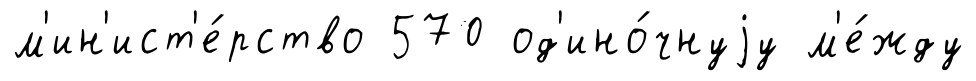
м'ин'ист'е́рство 570 од'ино́чнуjу м'е́жду